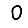
Digit: 0